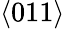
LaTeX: \langle 011\rangle